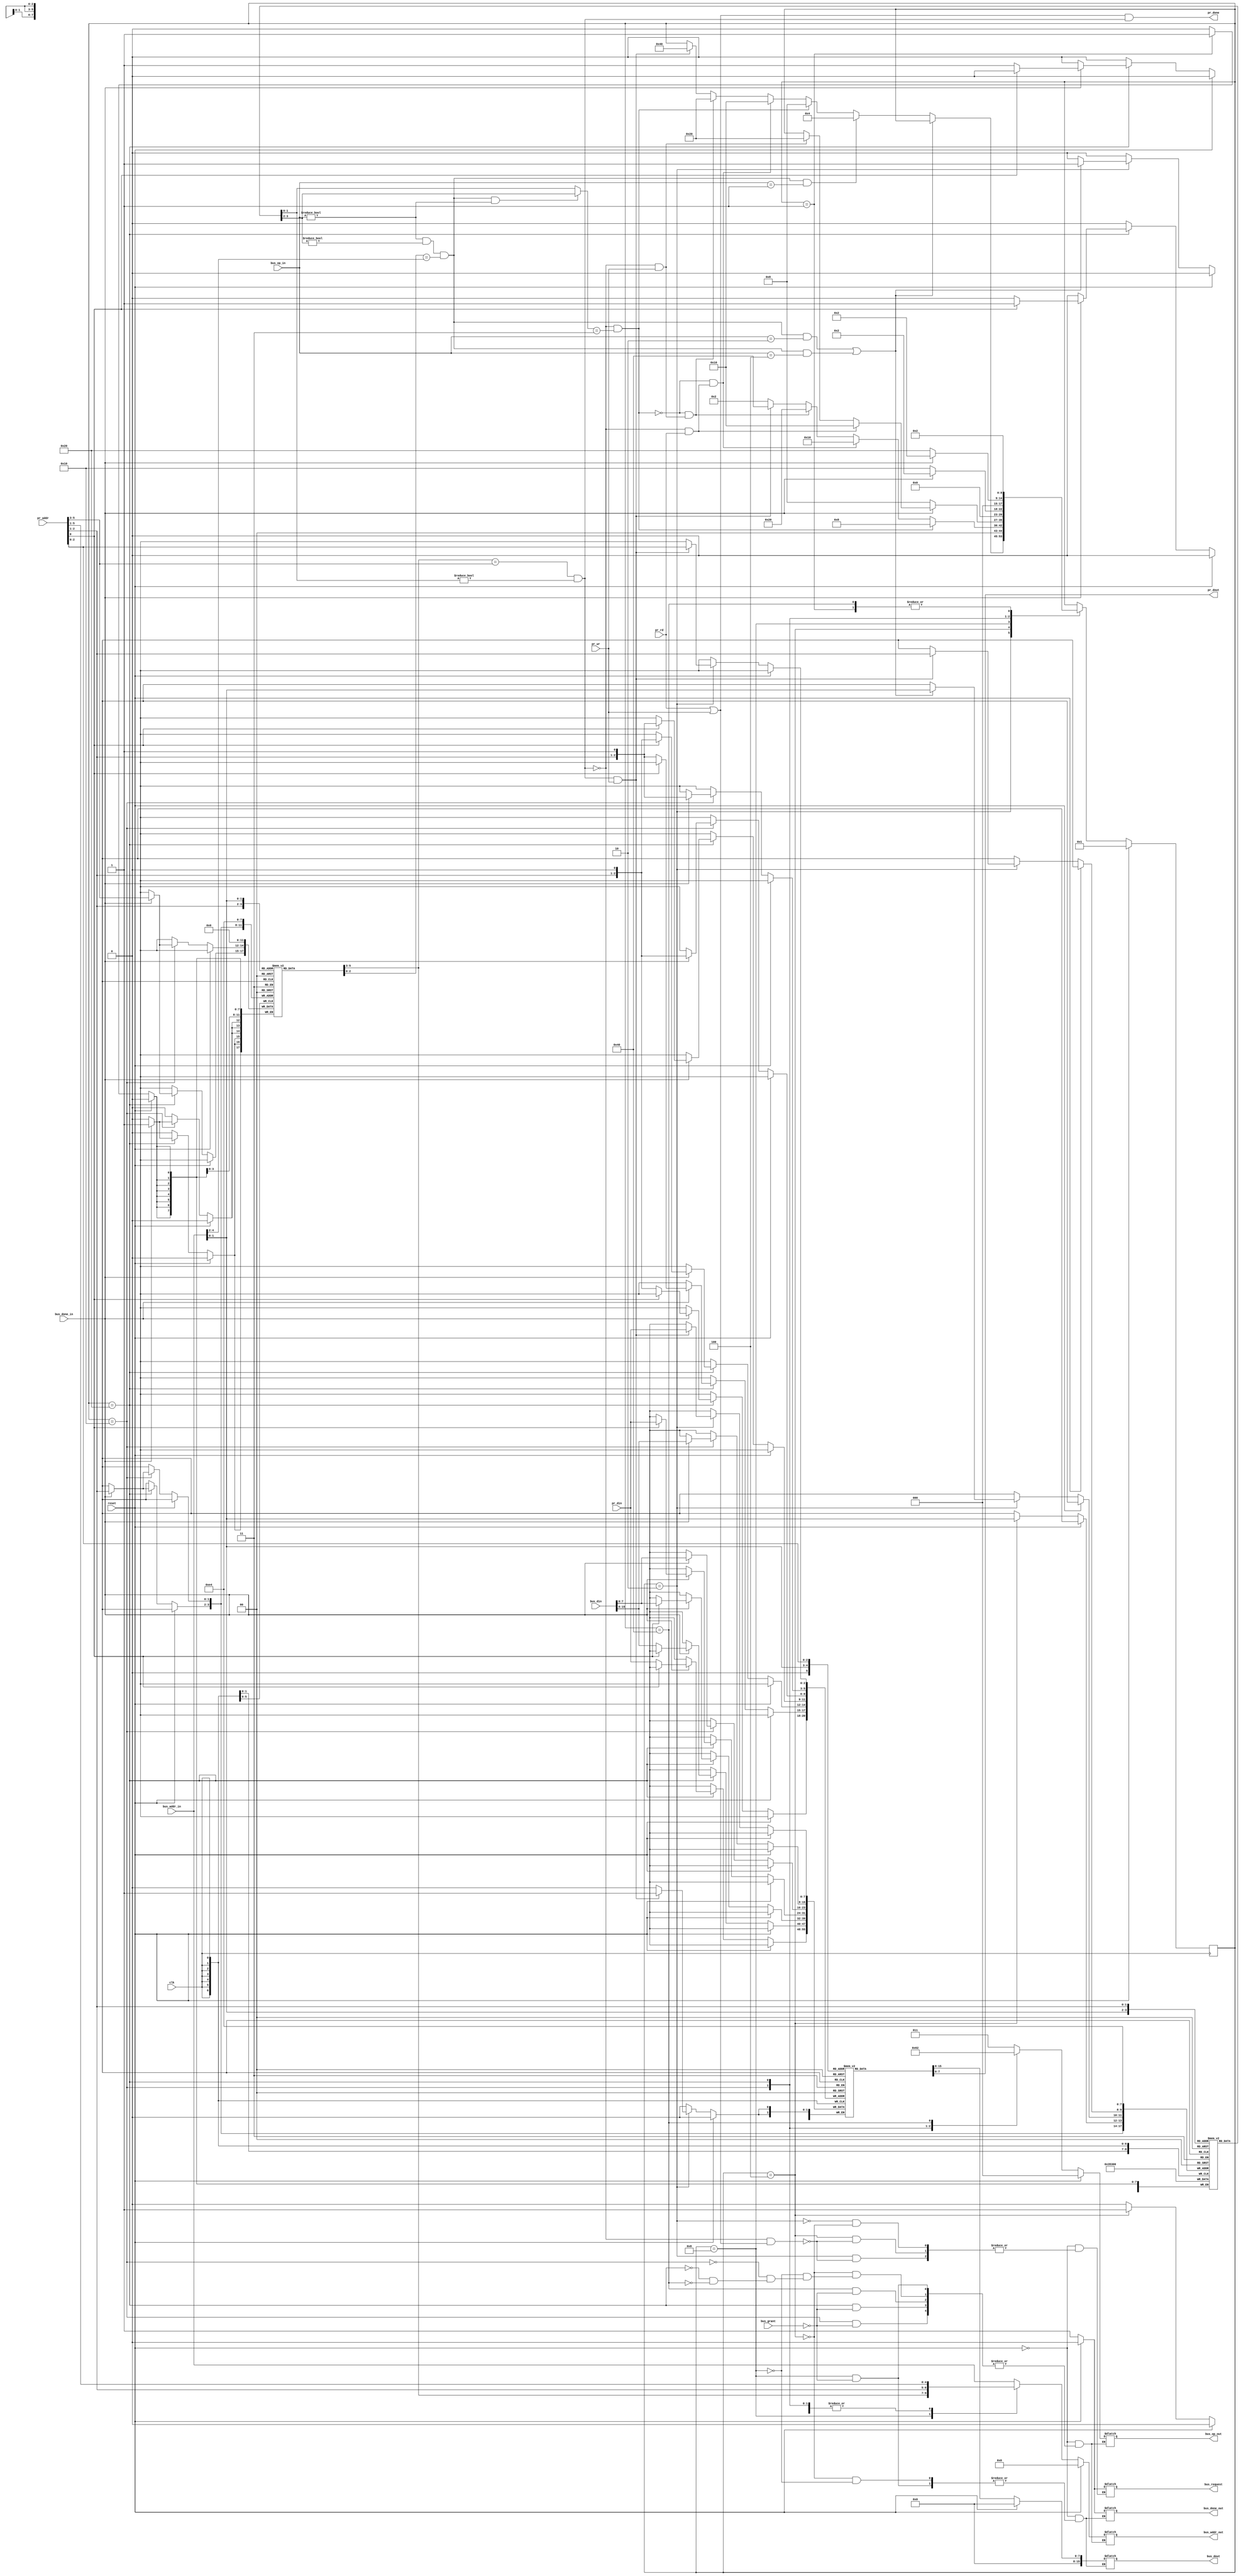
`timescale 1ns / 100ps

module CacheMSI (
    input             clk,
    input             reset,
    input      [ 7:0] pr_din,
    output     [ 7:0] pr_dout,
    input      [ 5:0] pr_addr,
    input             pr_rd,
    input             pr_wr,
    output            pr_done,
    input      [15:0] bus_din,
    output reg [15:0] bus_dout,
    input             bus_done_in,
    output reg        bus_done_out,
    input             bus_grant,
    output reg        bus_request,
    input      [ 4:0] bus_addr_in,
    output reg [ 4:0] bus_addr_out,
    input      [ 2:0] bus_op_in,
    output reg [ 2:0] bus_op_out
);

  localparam 	QInitial	= 		7'b0000001,
			   	QMonitor	=		7'b0000010,
				QFlush =   			7'b0000100,  
				QWB = 				7'b0001000,
			   	QBusRd	=			7'b0010000,
			   	QBusRdX	=			7'b0100000,
			   	QBusUpgr	=		7'b1000000;

  localparam BusNone = 3'b000, BusRd = 3'b001, BusUpgr = 3'b010, BusFlush = 3'b011, BusRdX = 3'b100;

  localparam I = 2'b00, S = 2'b01, M = 2'b11;


  reg     [2:0] tag                                                            [0:3];
  reg     [7:0] data                                                           [0:7];
  reg     [1:0] msi_state                                                      [0:3];
  integer       i;

  reg     [1:0] curr_msi_state;  // Dirty, Valid output of selected cache block

  reg     [8:0] state;
  wire          pr_hit;
  wire          pr_req;
  wire          bus_req;
  wire          bus_hit;

  wire    [1:0] pr_cblk;
  wire    [1:0] bus_cblk;
  wire          pr_word;
  wire    [2:0] pr_tag;
  wire    [2:0] bus_tag;
  wire    [4:0] pr_bus_addr;

  // Address breakdown
  assign pr_cblk = pr_addr[2:1];
  assign pr_word = pr_addr[0];
  assign pr_tag = pr_addr[5:3];
  assign pr_bus_addr = pr_addr[5:1];

  assign bus_cblk = bus_addr_in[1:0];
  assign bus_tag = bus_addr_in[4:2];

  assign pr_dout = data[{pr_cblk, pr_word}];

  assign pr_req = (pr_rd || pr_wr);
  assign pr_hit = (tag[pr_cblk] == pr_tag) & msi_state[pr_cblk] != I;
  assign bus_req = bus_op_in != BusNone;
  assign bus_hit = (bus_req) && (msi_state[bus_cblk] != I) && (tag[bus_cblk] == bus_tag);


  // You complete or add more signals
  assign pr_done = pr_req && pr_hit;  // Change this

  wire needToReqBus;
  assign needToReqBus = (~pr_hit) && (pr_req); // Change this: condition for when this processor needs to request use of the bus

  wire needToServiceBusRdX;
  assign needToServiceBusRdX = (bus_hit && bus_op_in == 3'b100); // Change this: condition for when this cache needs to service another's BusRdX

  wire needToServiceBusUpgr;
  assign needToServiceBusUpgr = (bus_hit && bus_op_in == 3'b010); // Change this: condition for when this cache needs to service another's BusUpgr

  // condition A on PDF diagram
  wire needToServiceBusReq;
  assign needToServiceBusReq = (bus_hit && bus_op_in == 3'b001); // Change this: condition for when we need to flush data (condition A)

  // condition B on PDF diagram
  wire startWB;
  assign startWB = ((~pr_hit) && curr_msi_state == M);  // Change this: (condition B)

  // condition C on PDF diagram   
  wire startBusRd;
  assign startBusRd = (~pr_hit) && (pr_rd);  // Change this: (condition C)

  // condition D on PDF diagram
  wire startBusRdX;
  assign startBusRdX = (~pr_hit) && (pr_wr);  // Change this: (condition D)

  // condition E on PDF diagram
  wire startBusUpgr;
  assign startBusUpgr = (pr_hit) && (pr_wr);  // Change this: (condition E)


  // pick MSI state (dirty and valid bit) from currently selected block 
  always @* begin
    if (bus_hit && bus_op_in != BusNone) curr_msi_state = {msi_state[bus_cblk]};
    else curr_msi_state = {msi_state[pr_cblk]};
  end

  // For each state consider any changes necessary to the internal and 
  // output signals:
  //   state, msi_state, tags and data
  // You can access a desired element of the tag, valid, or dirty array 
  //   by using array indexes (e.g. tag[pr_cblk]). 
  // Remember you can concatenate signals like: { data[15:8], pr_data[7:0] }
  always @(posedge clk) begin
    if (reset) begin
      state <= QInitial;
      // reqFlag <= 0;
    end else
      case (state)
        QInitial: begin
          for (i = 0; i < 4; i = i + 1) begin
            tag[i] <= 0;
            msi_state[i] <= I;
          end
          state <= QMonitor;
        end

        QMonitor: begin
          // If no bus requests then service processor requests that can
          // begin handled locally

          if (pr_hit && pr_wr) begin
            data[{pr_cblk, pr_word}] <= pr_din;
            msi_state[pr_cblk] <= M;
          end

          // Code to to invalidate a locally cached block
          if (needToServiceBusUpgr || needToServiceBusRdX) begin
            // Complete this line:  Invalidate the block
            msi_state[bus_cblk] <= I;
          end  // Code for state changes				
          else if (needToServiceBusReq) begin
            state <= QFlush;
          end else if (startWB) begin
            state <= QWB;
          end else if (!startWB && startBusRd) begin
            state <= QBusRd;
          end else if (!startWB && startBusRdX) begin
            state <= QBusRdX;
          end else if (startBusUpgr) begin
            state <= QBusUpgr;
          end

        end
        QFlush: begin
          // Update MSI state of block being flushed, appropriately

          msi_state[bus_cblk] <= S;

          // Code for state changes
          if (startWB) begin
            state <= QWB;
          end else if (!startWB && startBusRd) begin
            state <= QBusRd;
          end else if (!startWB && startBusRdX) begin
            state <= QBusRdX;
          end else if (startBusUpgr) begin
            state <= QBusUpgr;
          end else state <= QMonitor;

        end
        QWB: begin

          if (!bus_done_in) begin
            state <= QWB;
          end else if (startBusRd) begin
            state <= QBusRd;
          end else if (startBusRdX) begin
            state <= QBusRdX;
          end

        end
        QBusRd: begin

          if (!bus_done_in) begin
            state <= QBusRd;
          end else begin
            tag[pr_cblk] <= pr_tag;
            data[{pr_cblk, 1'b1}] <= bus_din[15:8];
            data[{pr_cblk, 1'b0}] <= bus_din[7:0];
            msi_state[pr_cblk] <= S;
            state <= QMonitor;
          end

        end
        QBusRdX: begin

          if (!bus_done_in) begin
            state <= QBusRdX;
          end else begin

            if (pr_word == 1'b1) begin
              data[{pr_cblk, 1'b1}] <= pr_din;
              data[{pr_cblk, 1'b0}] <= bus_din[7:0];
            end else begin
              data[{pr_cblk, 1'b1}] <= bus_din[15:8];
              data[{pr_cblk, 1'b0}] <= pr_din;
            end

            tag[pr_cblk] <= pr_tag;
            msi_state[pr_cblk] <= M;
            state <= QMonitor;
          end

        end
        QBusUpgr: begin
          state <= QMonitor;
        end
      endcase
  end


  // Output function logic
  //   Produce bus outputs:
  //     bus_request, bus_op_out, bus_dout, bus_done_out, and bus_addr_out
  always @* begin
    // Default values

    if (reset) begin
      bus_op_out <= BusNone;
      bus_addr_out <= 5'b00000;
      bus_dout <= 16'h0000;
      bus_request <= 0;
      bus_done_out <= 0;
    end else begin
      case (state)
        QMonitor: begin
          if (needToReqBus) begin
            bus_request <= 1;
          end
        end

        QFlush: begin
          if (needToReqBus) begin
            bus_request <= 1;
          end

          bus_dout <= data[bus_cblk];
          bus_addr_out <= bus_addr_in;
          bus_op_out <= 3'b011;
          bus_done_out <= 1'b1;
          // Add more code to output appropriate signals on the bus

        end

        QWB: begin

          if (bus_grant) begin
            bus_dout <= data[bus_cblk];
            bus_addr_out <= {tag[pr_cblk], pr_cblk};
            bus_op_out <= 3'b011;
            bus_done_out <= 1'b1;
          end

        end

        QBusRd: begin

          if (bus_grant) begin
            bus_addr_out <= pr_bus_addr;
            bus_op_out   <= 3'b001;
          end

        end

        QBusRdX: begin

          if (bus_grant) begin
            bus_addr_out <= pr_bus_addr;
            bus_op_out   <= 3'b100;
          end

        end

        QBusUpgr: begin

          if (bus_grant) begin
            bus_op_out   <= 3'b010;
            bus_addr_out <= pr_bus_addr;
          end

        end

      endcase
    end

  end
endmodule